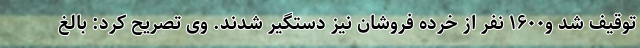
توقیف شد و۱۶۰۰ نفر از خرده فروشان نیز دستگیر شدند. وی تصریح کرد: بالغ